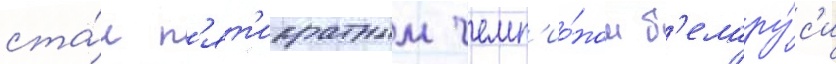
ста́л п'ят'икратным чемп'ио́ном б'елару́с'и